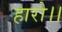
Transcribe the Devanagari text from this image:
हारो।।